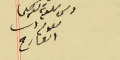
رىس ىلدية كفرشيما ىعوم دىب العارح